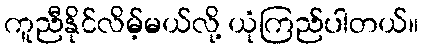
ကူညီနိုင်လိမ့်မယ်လို့ ယုံကြည်ပါတယ်။